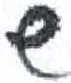
אות: ש